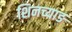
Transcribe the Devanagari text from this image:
शिनच्याङ